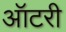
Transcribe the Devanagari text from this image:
ऑटरी